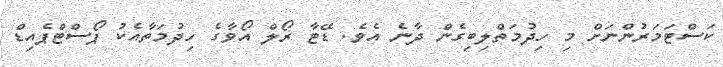
ކަސްޓަމަރުންނަށް މި ހިދުމަތްލިބިގެން ދާނެ އެވެ. ޑޭޓާ ރޯލް އޯވާގެ ހިދުމަތާއެކު ޕޯސްޓްޕެއިޑް